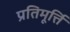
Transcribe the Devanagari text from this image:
प्रतिमूर्त्ति